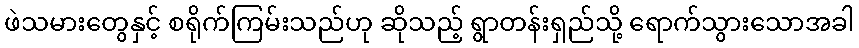
ဖဲသမားတွေနှင့် စရိုက်ကြမ်းသည်ဟု ဆိုသည့် ရွာတန်းရှည်သို့ ရောက်သွားသောအခါ